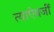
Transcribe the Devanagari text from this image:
त्याऐवजीं